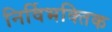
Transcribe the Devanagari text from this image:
निर्विभक्तिक